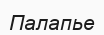
Палапье